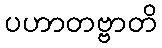
ပဟာတဗ္ဗာတိ